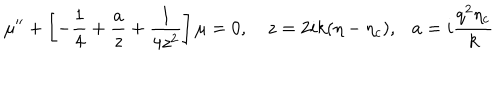
\mu ^ { \prime \prime } + \left[ - \frac { 1 } { 4 } + \frac { a } { z } + \frac { 1 } { 4 z ^ { 2 } } \right] \mu = 0 , ~ z = 2 i k ( \eta - \eta _ { c } ) , a = i \frac { q ^ { 2 } \eta _ { c } } { k }